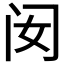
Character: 𰿧